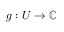
g : U \to \mathbb { C }